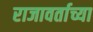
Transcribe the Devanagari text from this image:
राजावर्ताच्या